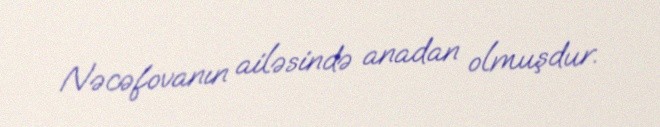
Nəcəfovanın ailəsində anadan olmuşdur.